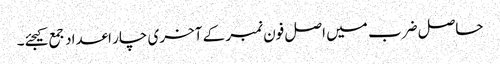
حاصل ضرب میں اصل فون نمبر کے آخری چار اعداد جمع کیجئے۔